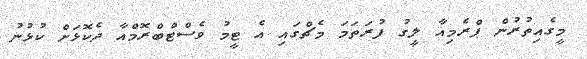
މީގެއިތުރުން ޕްރެމިއާ ލީގު ފުރަތަމަ މެޗްގައި އެ ޓީމު ވެސްޓްބްރޮމްއާ ދެކޮޅަށް ކުޅުނު